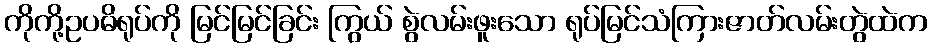
ကိုကို့ဥပဓိရုပ်ကို မြင်မြင်ခြင်း ကြွယ် စွဲလမ်းဖူးသော ရုပ်မြင်သံကြားဇာတ်လမ်းတွဲထဲက